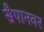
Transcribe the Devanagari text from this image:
सैपानवर